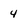
Character: 4